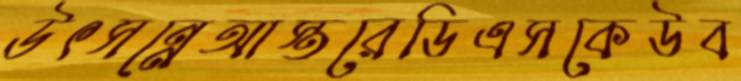
উৎসন্নেআস্তরেডিএসকেউব